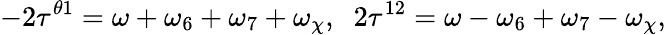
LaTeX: -2\tau^{\theta 1}=\omega+\omega_{6}+\omega_{7}+\omega_{\chi},\; \; 2\tau^{12}=\omega-\omega_{6}+\omega_{7}-\omega_{\chi},